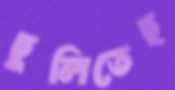
ছুলিতেছ